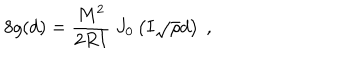
8 g ( d ) = { \frac { M ^ { 2 } } { 2 R I } } \ J _ { 0 } \left( I \sqrt { \rho } d \right) \ ,